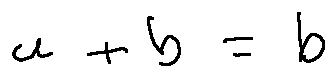
a + b = b